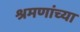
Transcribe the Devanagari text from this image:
श्रमणांच्या